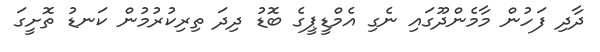
ދާދި ފަހުން މާމެންދޫގައި ނެގި އެމްޑީޕީގެ ބޮޑު ދިދަ ތިރިކުރުމުން ކަނޑު ތޮށީގަ